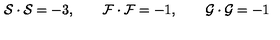
{ \cal { S } } \cdot { \cal { S } } = - 3 , \qquad { \cal { F } } \cdot { \cal { F } } = - 1 , \qquad { \cal { G } } \cdot { \cal { G } } = - 1